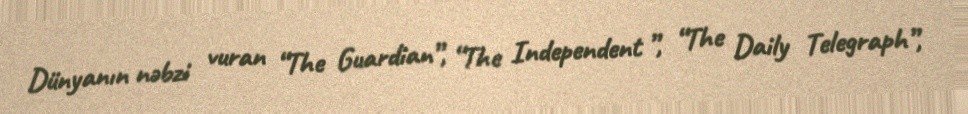
Dünyanın nəbzi vuran “The Guardian”, “The Independent ”, “The Daily Telegraph”,